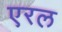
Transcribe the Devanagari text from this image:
एरल